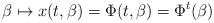
LaTeX: \begin{align*}\beta \mapsto x( t, \beta)=\Phi( t, \beta)=\Phi^t(\beta)\end{align*}